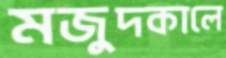
মজুদকালে